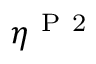
\eta ^ { \mathrm { ~ P ~ 2 ~ } }